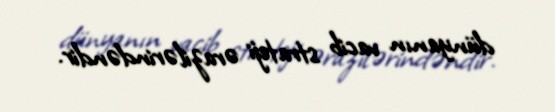
dünyanın vacib strateji ərazilərindəndir.